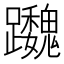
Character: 𨇷